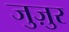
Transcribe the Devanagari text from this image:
जुज़ुर